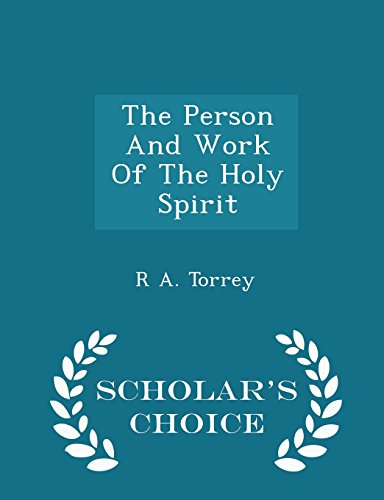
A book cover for The Person And Work Of The Holy Spirit  - Scholar's Choice Edition; R A. Torrey; Christian Books & Bibles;